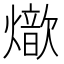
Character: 𤐚